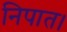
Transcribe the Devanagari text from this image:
निपात।